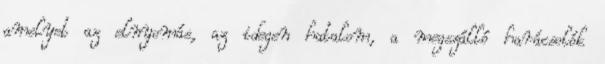
amelyet az elnyomás, az idegen hatalom, a megszálló harácsolók